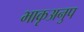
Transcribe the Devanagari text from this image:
भाकृअनुप